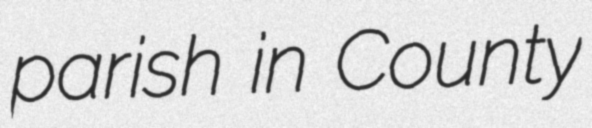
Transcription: parish in County